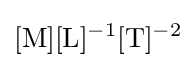
[{\text{M}}][{\text{L}}]^{-1}[{\text{T}}]^{-2}